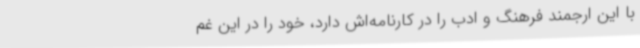
با این ارجمند فرهنگ و ادب را در کارنامه‌اش دارد، خود را در این غم